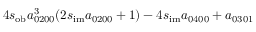
4 s _ { \mathrm { o b } } a _ { 0 2 0 0 } ^ { 3 } ( 2 s _ { \mathrm { i m } } a _ { 0 2 0 0 } + 1 ) - 4 s _ { \mathrm { i m } } a _ { 0 4 0 0 } + a _ { 0 3 0 1 }